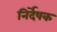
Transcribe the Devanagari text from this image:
निर्देषक